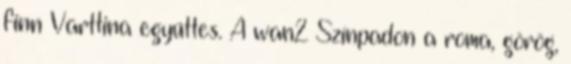
finn Varttina együttes. A wan2 Színpadon a roma, görög,